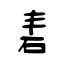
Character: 砉